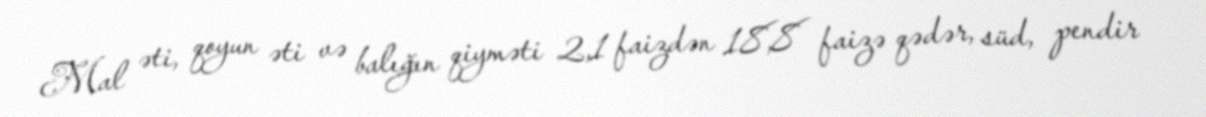
Mal əti, qoyun əti və balığın qiyməti 2,1 faizdən 18,8 faizə qədər, süd, pendir